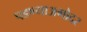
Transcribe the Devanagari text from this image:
पडण्याअगोदर